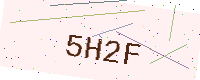
Text: 5H2F